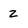
Character: Z